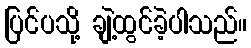
ပြင်ပသို့ ချဲ့ထွင်ခဲ့ပါသည်။